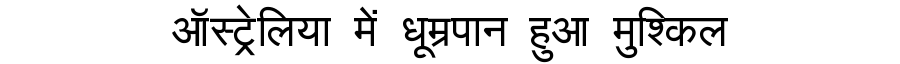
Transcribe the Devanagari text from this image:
ऑस्ट्रेलिया में धूम्रपान हुआ मुश्किल